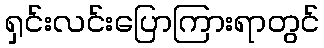
ရှင်းလင်းပြောကြားရာတွင်